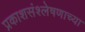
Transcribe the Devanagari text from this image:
प्रकाशसंश्लेषणाच्या